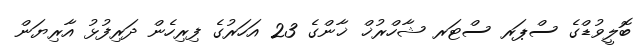
ބޮލީވުޑްގެ ސްޕަރ ސްޓަރ ޝާހްރުޚް ޚާންގެ 23 އަހަރުގެ ފިރިހެން ދަރިފުޅު އާރިޔަން